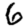
Digit: 6